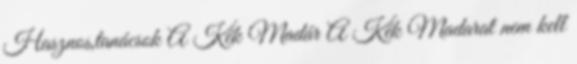
Hasznos,tanácsok A Kék Madár A Kék Madarat nem kell